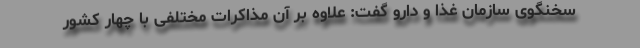
سخنگوی سازمان غذا و دارو گفت: علاوه بر آن مذاکرات مختلفی با چهار کشور